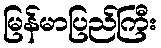
မြန်မာပြည်ကြီး